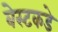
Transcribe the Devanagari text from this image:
बेस्टकडे